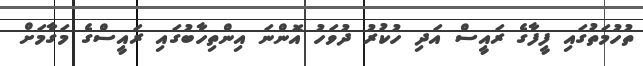
ތުހުމަތުގައި ފީފާގެ ރައީސް އަދި ހުކުރު ދުވަހު އޮންނަ އިންތިހާބުގައި ރައީސްގެ މަގާމަށް